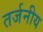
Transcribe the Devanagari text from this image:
तर्जनीय